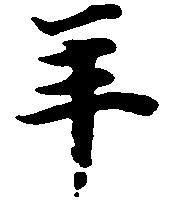
年